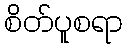
စိတ်ပူစရာ